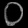
Digit: ၀